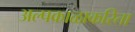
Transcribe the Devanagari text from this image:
अल्पकाळाकरिता